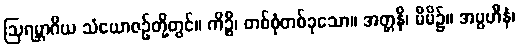
ဩရမ္ဘာဂိယ သံယောဇဉ်တို့တွင်။ ကိဉ္စိ၊ တစ်စုံတစ်ခုသော။ အတ္တနိ၊ မိမိ၌။ အပ္ပဟီနံ၊